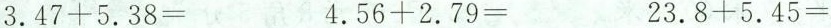
$$3.47+5.38=$$ $$4.56+2.79=$$ $$23.8+5.45=$$